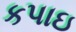
કપાઇ